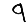
Digit: 9